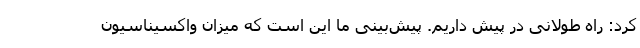
کرد: راه طولانی در پیش داریم. پیش‌بینی ما این است که میزان واکسیناسیون